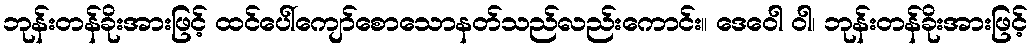
ဘုန်းတန်ခိုးအားဖြင့် ထင်ပေါ်ကျော်စောသောနတ်သည်လည်းကောင်း။ ဒေဝေါ ဝါ၊ ဘုန်းတန်ခိုးအားဖြင့်